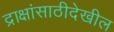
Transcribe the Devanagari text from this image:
द्राक्षांसाठीदेखील